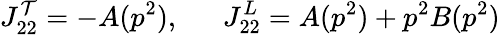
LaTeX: J_{22}^{\mathcal{T}}=-A(p^{2}),\ \ \ \ \ \ J_{22}^{L}=A(p^{2})+p^{2}B(p^{2})